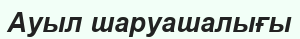
Ауыл шаруашалығы